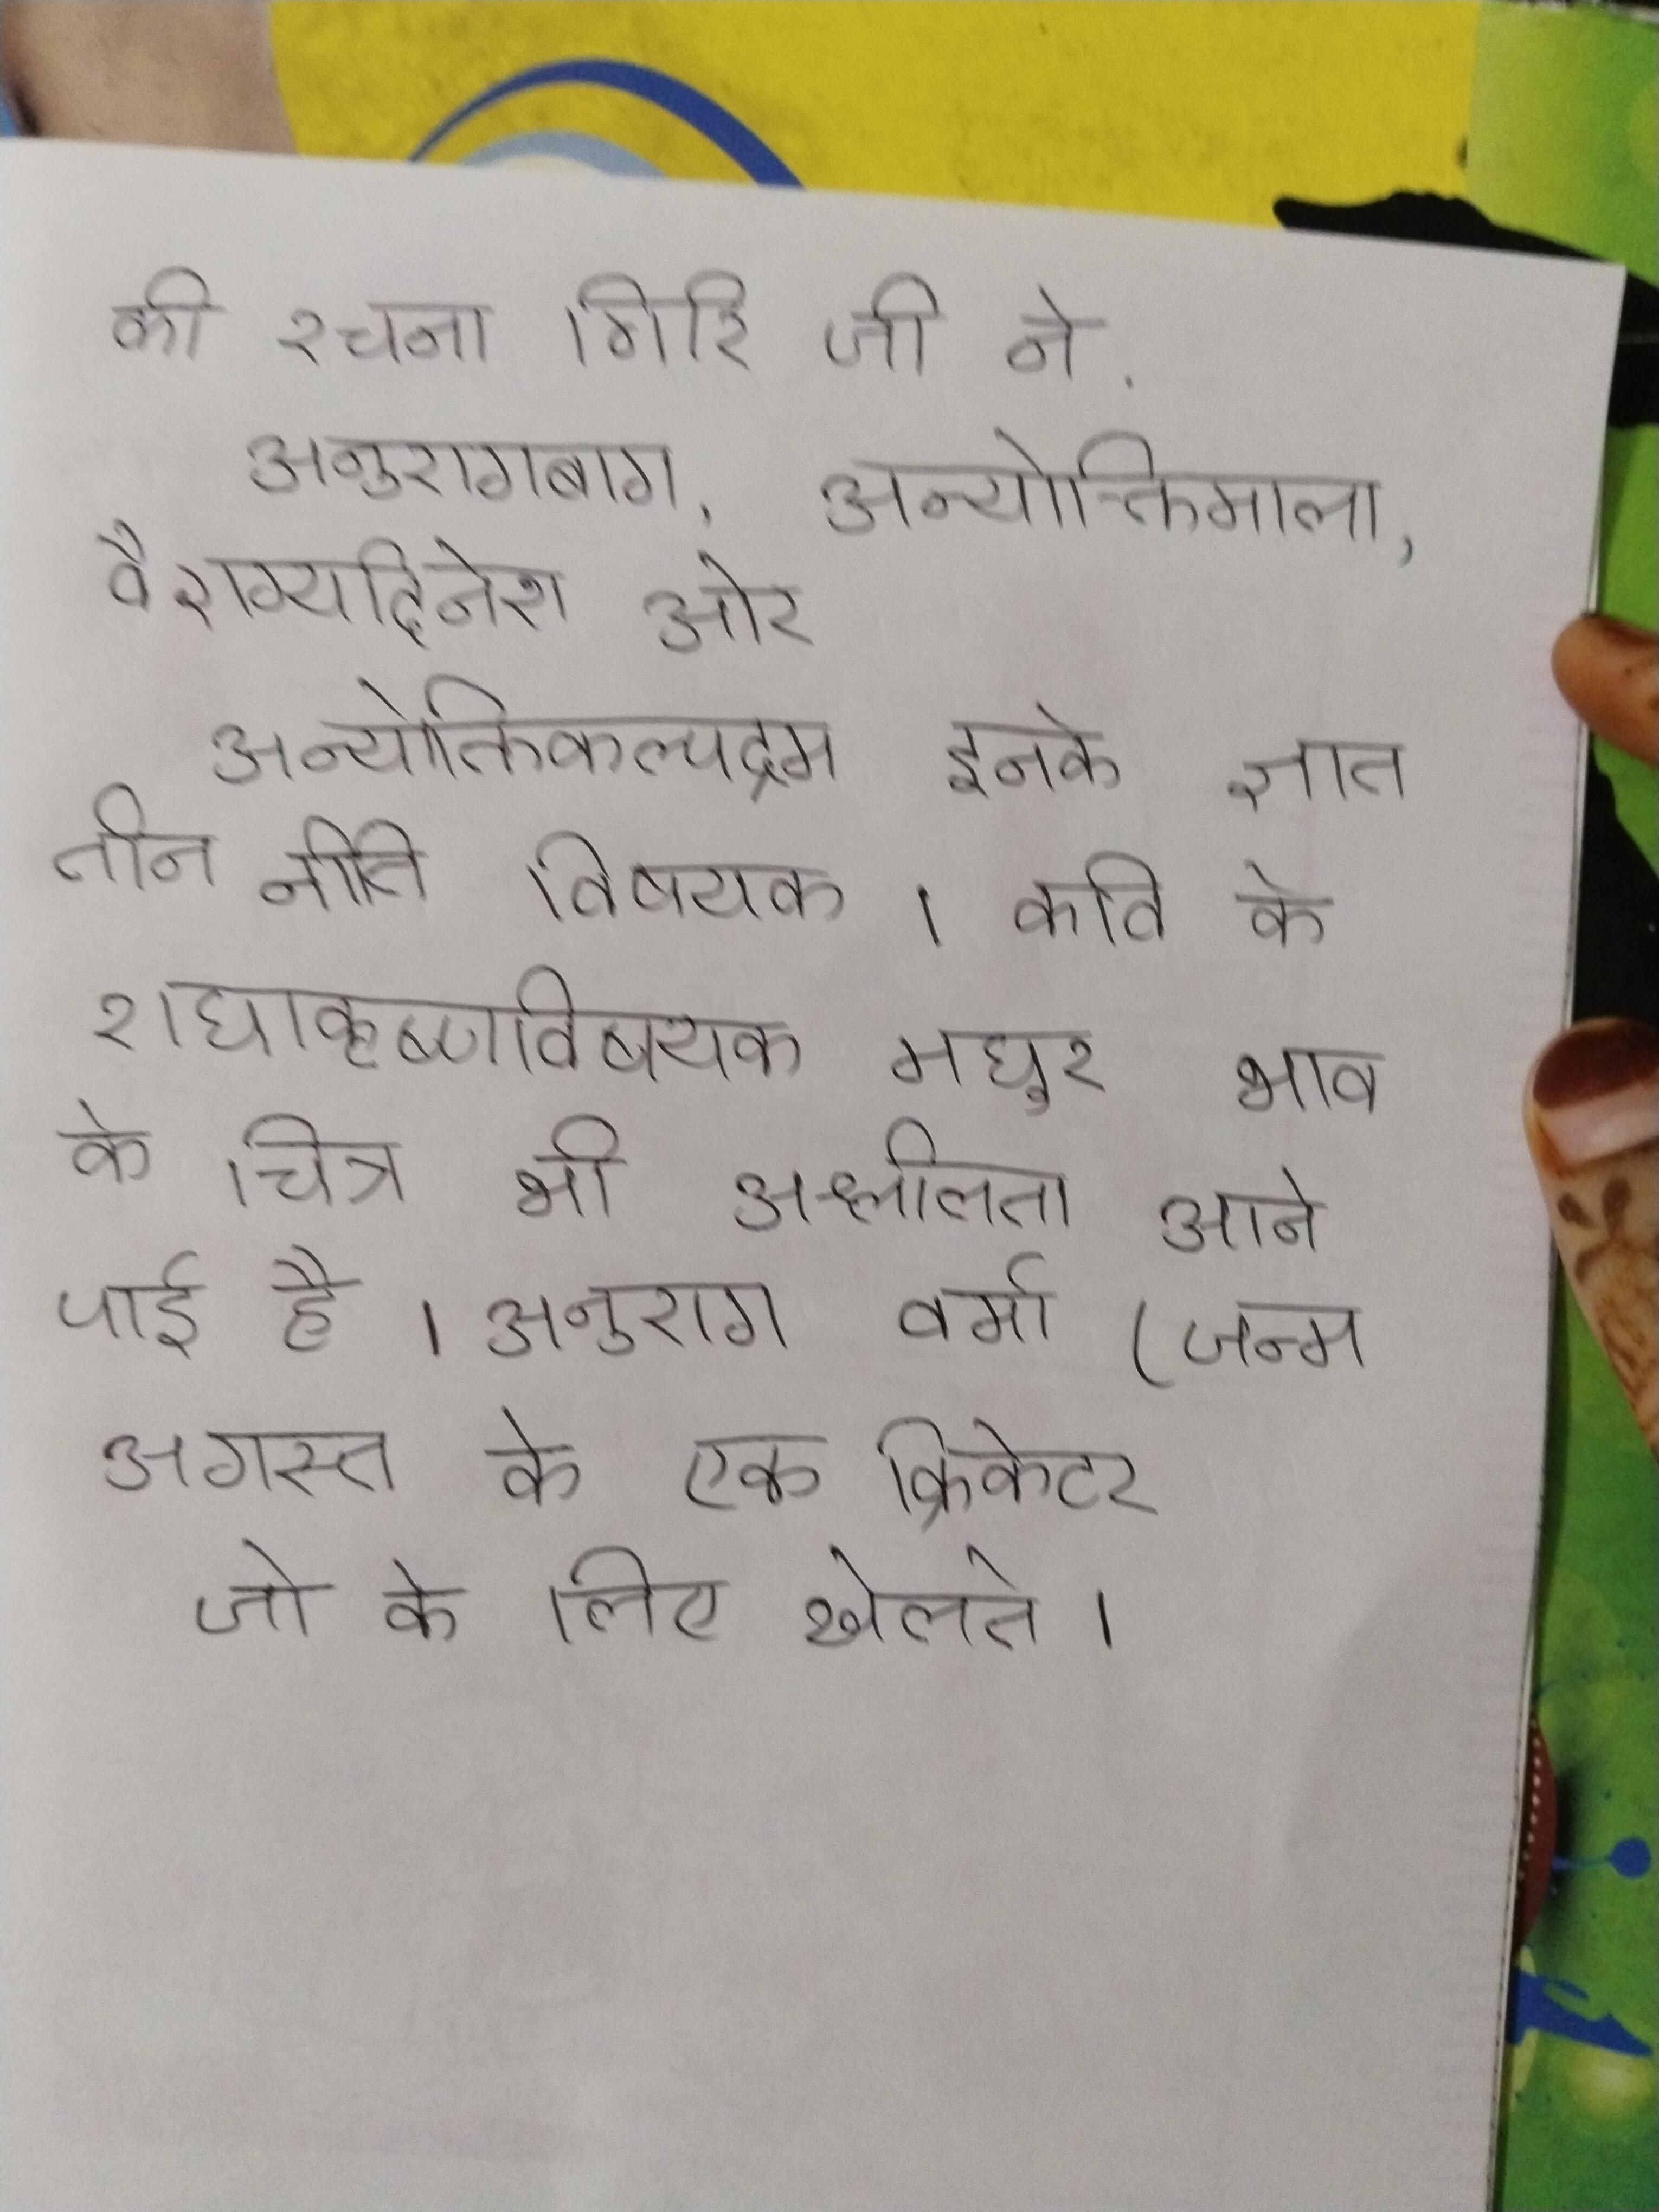
की रचना गिरि जी ने . अनुरागबाग, अन्योक्तिमाला, वैराग्यदिनेश ओर अन्योक्तिकल्पद्रम इनके ज्ञात तीन नीति विषयक । कवि के राधाकृष्णविषयक मधुर भाव के चित्र भी अश्लीलता आने पाई है । अनुराग वर्मा (जन्म अगस्त के एक क्रिकेटर जो के लिए खेलते ।